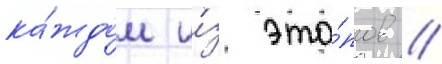
ка́ждом и́з эта́пов //